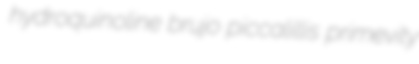
hydroquinoline brujo piccalillis primevity